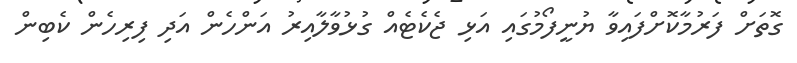
ގޮތަށް ފަރުމާކޮށްފައިވާ ޔުނީފޯމުގައި އަޅި ޖެކެޓެއް ގުޅުވާލާއިރު އަންހެން އަދި ފިރިހެން ކެބިން